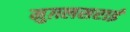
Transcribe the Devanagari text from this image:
मुग़लसराई